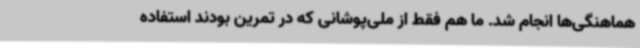
هماهنگی‌ها انجام شد. ما هم فقط از ملی‌پوشانی که در تمرین بودند استفاده